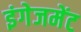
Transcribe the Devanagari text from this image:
इंगेजमेंट